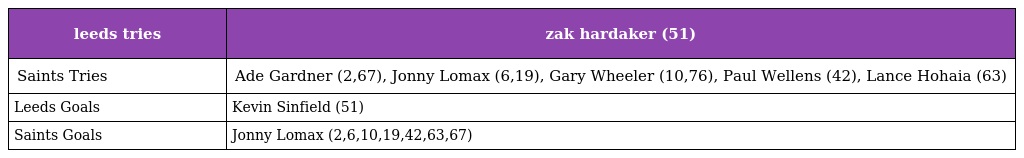
| leeds tries | zak hardaker (51) |
 | --- | --- |
 | Saints Tries | Ade Gardner (2,67), Jonny Lomax (6,19), Gary Wheeler (10,76), Paul Wellens (42), Lance Hohaia (63) |
 | Leeds Goals | Kevin Sinfield (51) |
 | Saints Goals | Jonny Lomax (2,6,10,19,42,63,67) |